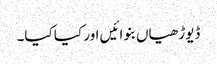
ڈیوڑھیاں بنوائیں اور کیا کیا۔